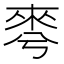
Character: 𣓚